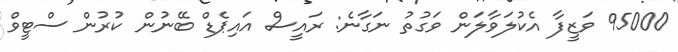
95000 ވަޒީފާ އެކުލަވާލަން ވަގުތު ނަގާނެ: ރައީސް އައިޕެޑް ބޭނުން ކުރުން ސްޓީވް